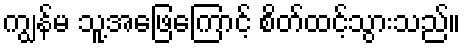
ကျွန်မ သူ့အဖြေကြောင့် စိတ်ထင့်သွားသည်။